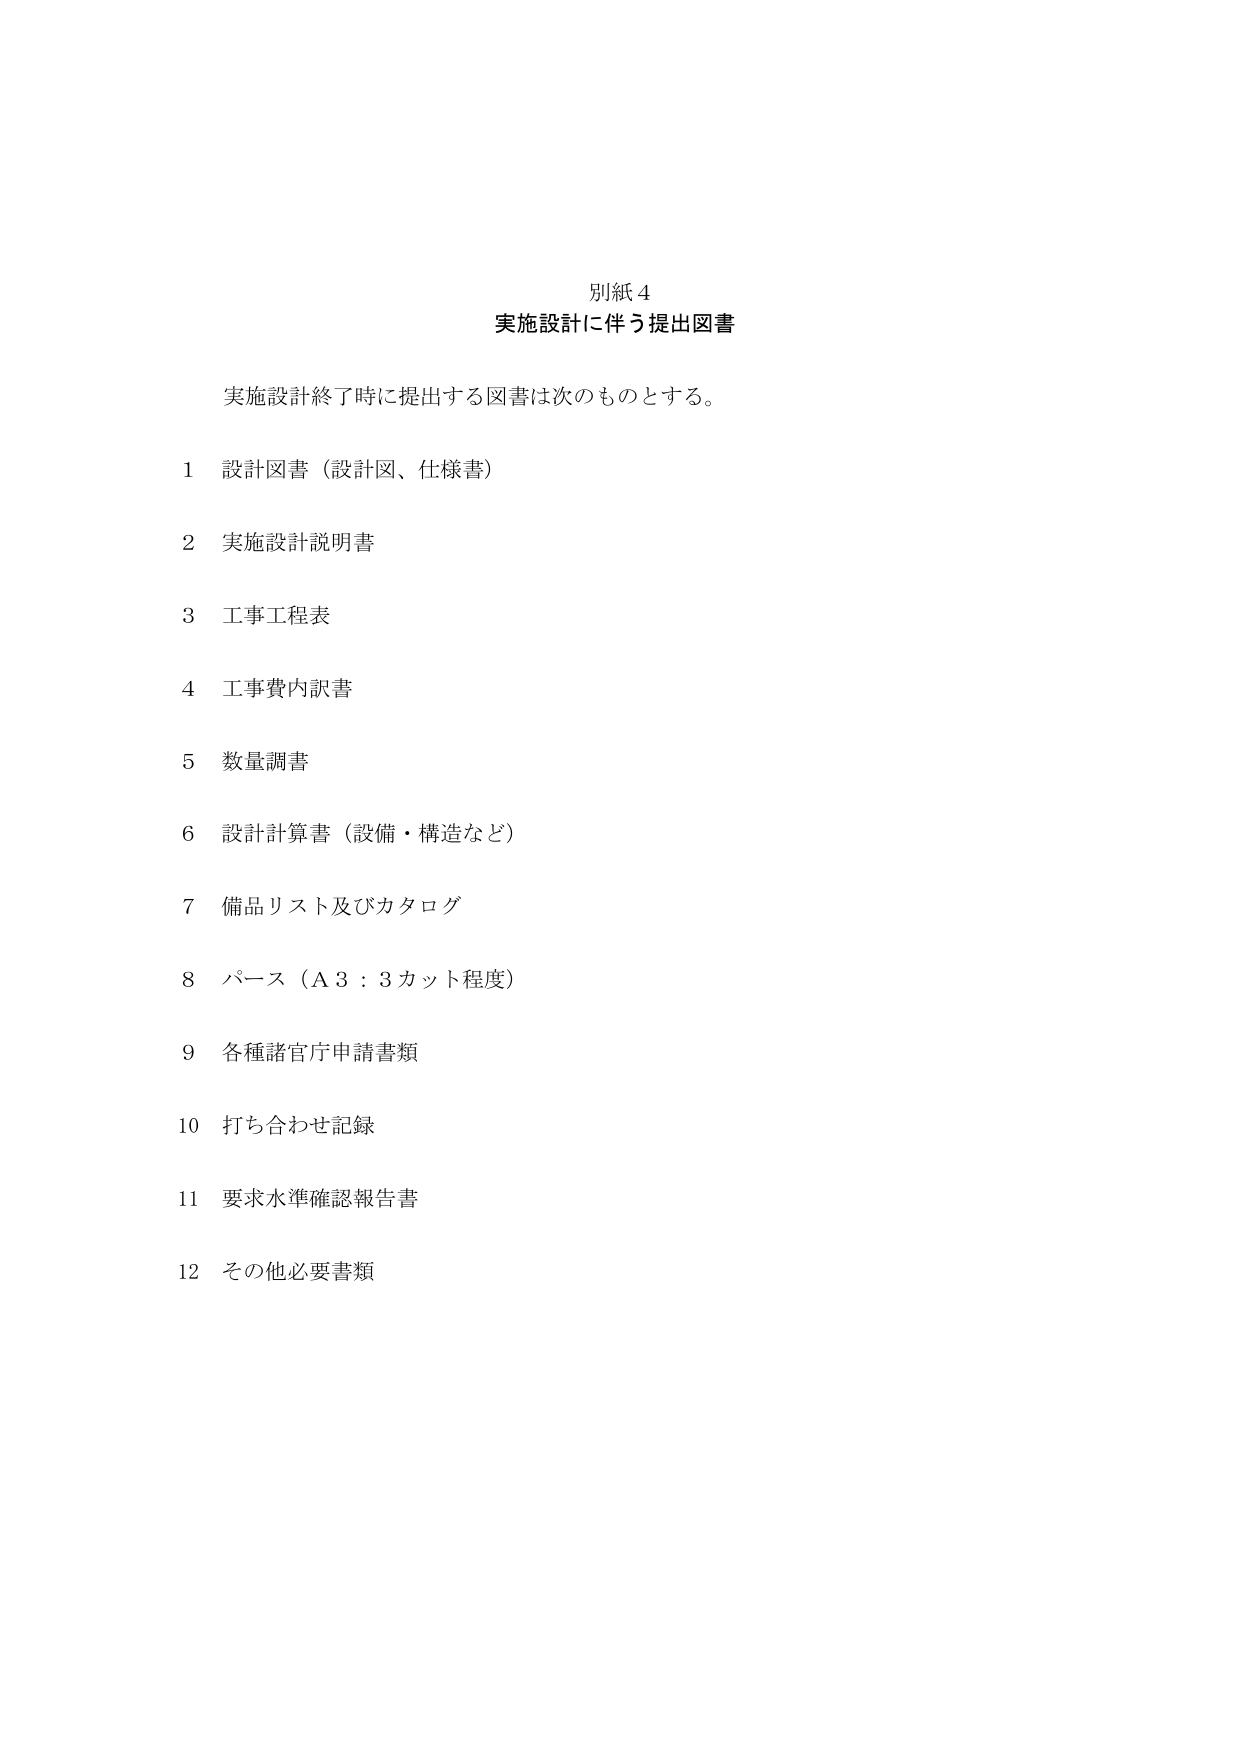
別紙４
実施設計に伴う提出図書

実施設計終了時に提出する図書は次のものとする。

1 設計図書（設計図、仕様書）
2 実施設計説明書
3 工事工程表
4 工事費内訳書
5 数量調書
6 設計計算書（設備・構造など）
7 備品リスト及びカタログ
8 パース（Ａ３：３カット程度）
9 各種諸官庁申請書類
10 打ち合わせ記録
11 要求水準確認報告書
12 その他必要書類